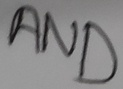
Text: AND